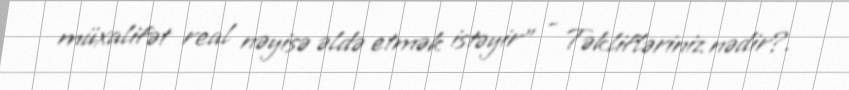
müxalifət real nəyisə əldə etmək istəyir” - Təklifləriniz nədir?.